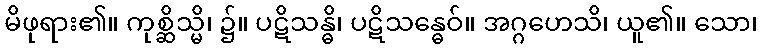
မိဖုရား၏။ ကုစ္ဆိသ္မိ၊ ၌။ ပဋိသန္ဓိ၊ ပဋိသန္ဓေဝ်။ အဂ္ဂဟေသိ၊ ယူ၏။ သော၊